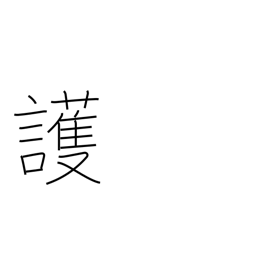
Meaning: safeguard